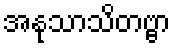
အနုသာသိတဗ္ဗာ